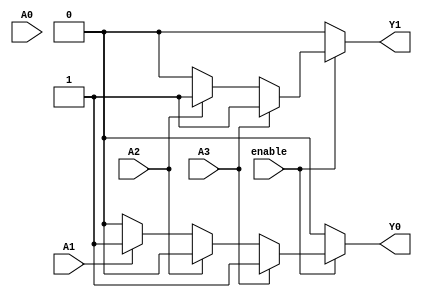
module priority_encoder_4to2 (
    input wire A0,        // Input 0 (lowest priority)
    input wire A1,        // Input 1
    input wire A2,        // Input 2
    input wire A3,        // Input 3 (highest priority)
    input wire enable,    // Enable signal
    output reg Y1,        // Output 1
    output reg Y0         // Output 0
);

always @(*) begin
    if (!enable) begin
        // If not enabled, set outputs to 0
        Y1 = 1'b0;
        Y0 = 1'b0;
    end else begin
        // Priority encoding logic
        if (A3) begin
            Y1 = 1'b1; // A3 is active
            Y0 = 1'b1;
        end else if (A2) begin
            Y1 = 1'b1; // A2 is active
            Y0 = 1'b0;
        end else if (A1) begin
            Y1 = 1'b0; // A1 is active
            Y0 = 1'b1;
        end else if (A0) begin
            Y1 = 1'b0; // A0 is active
            Y0 = 1'b0;
        end else begin
            // No input active
            Y1 = 1'b0;
            Y0 = 1'b0;
        end
    end
end

endmodule